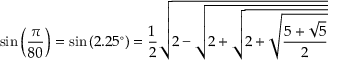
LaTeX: \sin \left( { \frac { \pi } { 8 0 } } \right) = \sin \left( 2 . 2 5 ^ { \circ } \right) = { \frac { 1 } { 2 } } { \sqrt { 2 - { \sqrt { 2 + { \sqrt { 2 + { \sqrt { \frac { 5 + { \sqrt { 5 } } } { 2 } } } } } } } } }